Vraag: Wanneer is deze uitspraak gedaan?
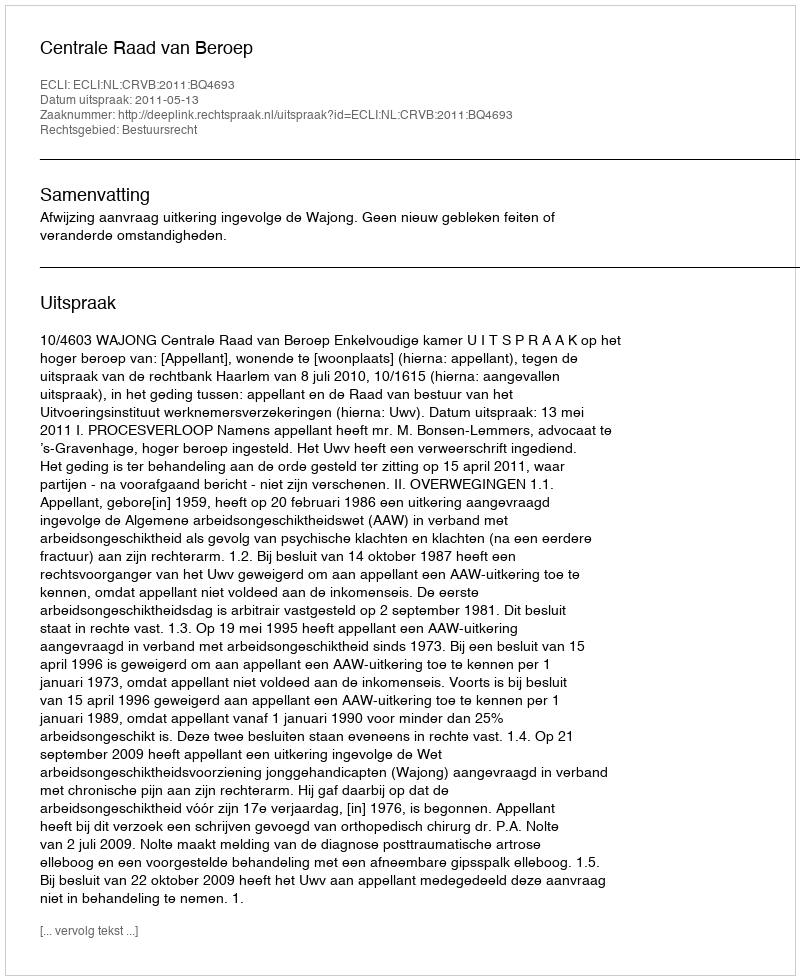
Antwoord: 2011-05-13